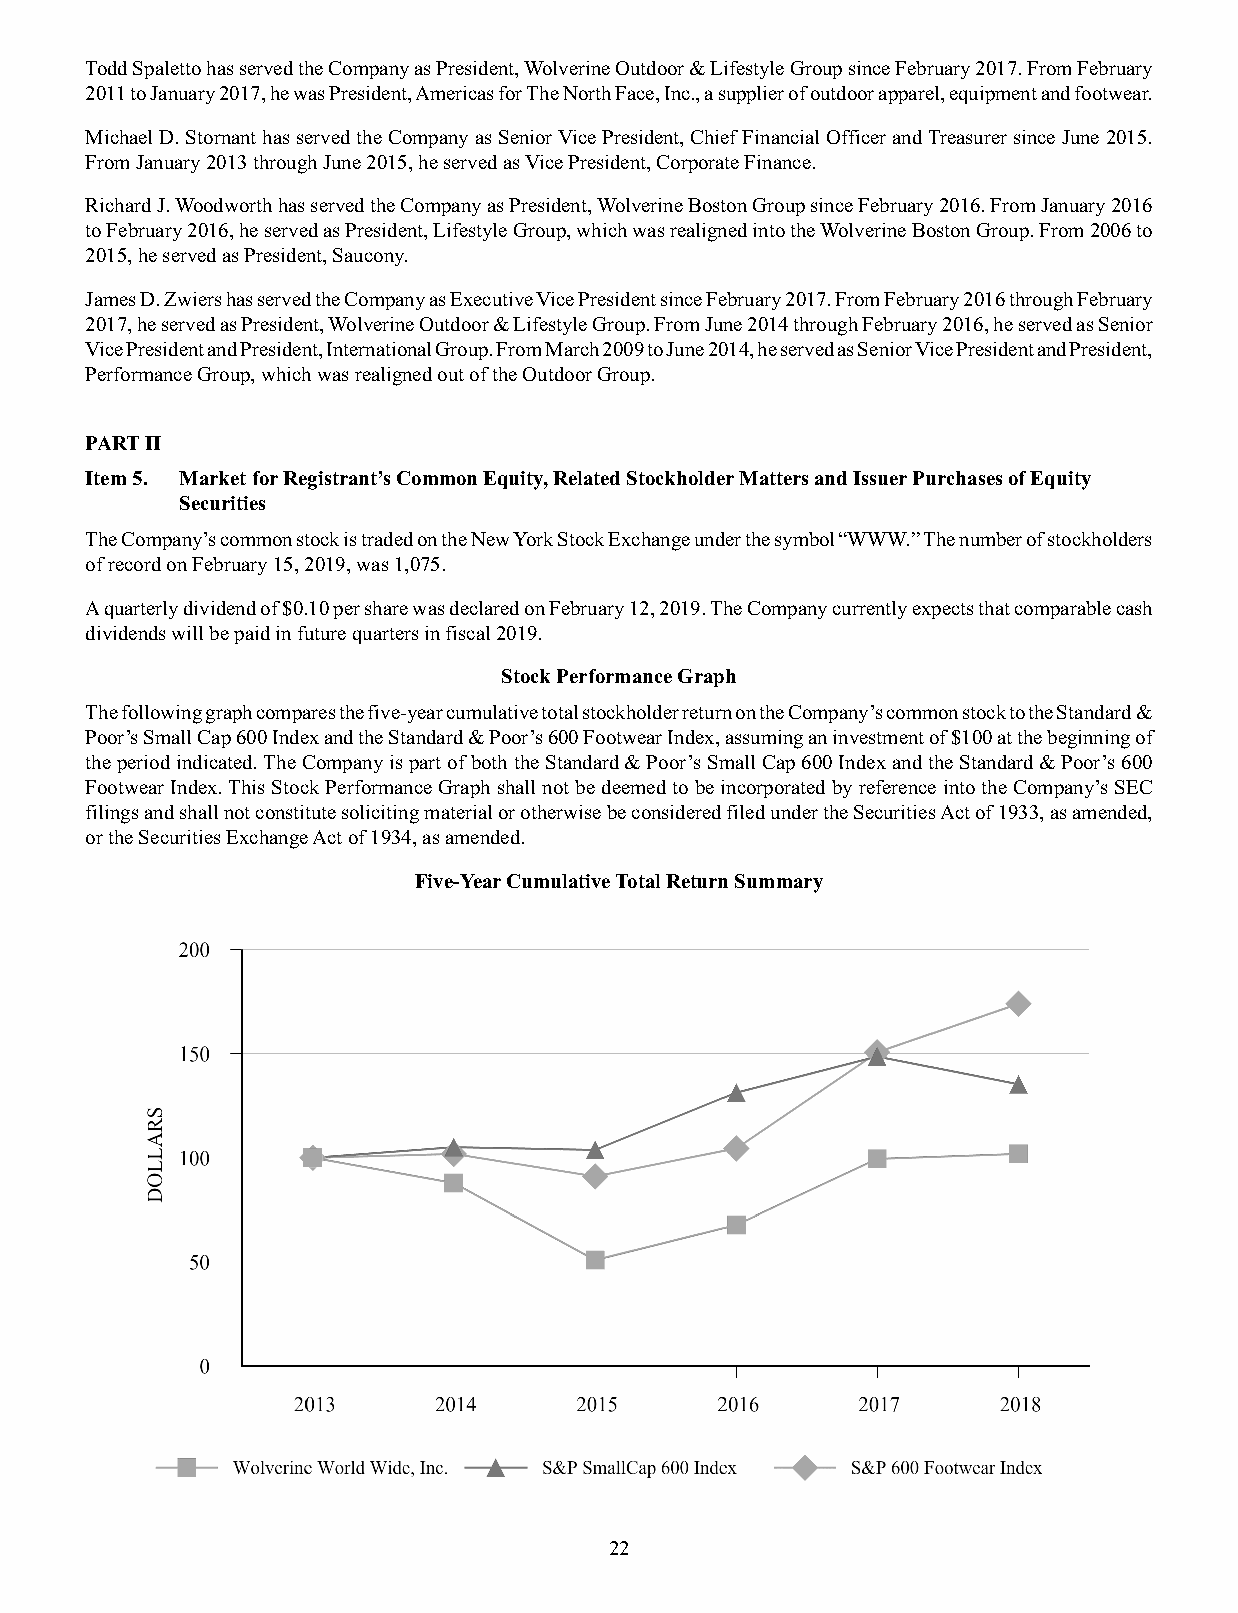
Todd Spaletto has served the Company as President, Wolverine Outdoor & Lifestyle Group since February 2017. From February
 2011 to January 2017, he was President, Americas for The North Face, Inc., a supplier of outdoor apparel, equipment and footwear.
 Michael D. Stornant has served the Company as Senior Vice President, Chief Financial Officer and Treasurer since June 2015.
 From January 2013 through June 2015, he served as Vice President, Corporate Finance.
 Richard J. Woodworth has served the Company as President, Wolverine Boston Group since February 2016. From January 2016
 to February 2016, he served as President, Lifestyle Group, which was realigned into the Wolverine Boston Group. From 2006 to
 2015, he served as President, Saucony.
 James D. Zwiers has served the Company as Executive Vice President since February 2017. From February 2016 through February
 2017, he served as President, Wolverine Outdoor & Lifestyle Group. From June 2014 through February 2016, he served as Senior
 Vice President and President, International Group. From March 2009 to June 2014, he served as Senior Vice President and President,
 Performance Group, which was realigned out of the Outdoor Group.
 PART II
 Item 5. Market for Registrant’s Common Equity, Related Stockholder Matters and Issuer Purchases of Equity
 Securities
 The Company’s common stock is traded on the New York Stock Exchange under the symbol “WWW.” The number of stockholders
 of record on February 15, 2019, was 1,075.
 A quarterly dividend of $0.10 per share was declared on February 12, 2019. The Company currently expects that comparable cash
 dividends will be paid in future quarters in fiscal 2019.
 Stock Performance Graph
 The following graph compares the five-year cumulative total stockholder return on the Company’s common stock to the Standard &
 Poor’s Small Cap 600 Index and the Standard & Poor’s 600 Footwear Index, assuming an investment of $100 at the beginning of
 the period indicated. The Company is part of both the Standard & Poor’s Small Cap 600 Index and the Standard & Poor’s 600
 Footwear Index. This Stock Performance Graph shall not be deemed to be incorporated by reference into the Company’s SEC
 filings and shall not constitute soliciting material or otherwise be considered filed under the Securities Act of 1933, as amended,
 or the Securities Exchange Act of 1934, as amended.
 Five-Year Cumulative Total Return Summary
 22